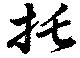
托